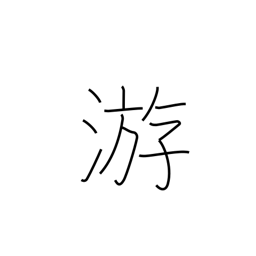
Meaning: float